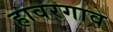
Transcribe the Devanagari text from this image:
हावरगाव